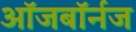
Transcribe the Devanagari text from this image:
ऑजबॉर्नज